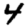
Digit: 4